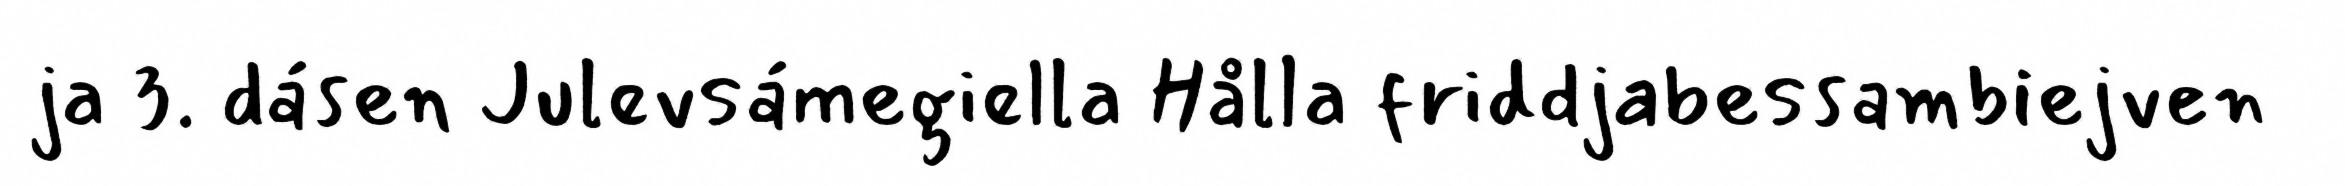
ja 3. dásen Julevsámegiella Hålla friddjabessambiejven